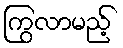
ကြွလာမည့်